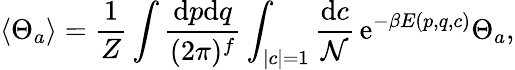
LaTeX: \langle\Theta_{a}\rangle=\frac{1}{Z}\int\frac{\mathrm{d}p\mathrm{d}q}{(2\pi)^{f}}\int_{|c|=1}\frac{\mathrm{d}c}{\mathcal{N}}\, \mathrm{e}^{-\beta E(p,q,c)}\Theta_{a},